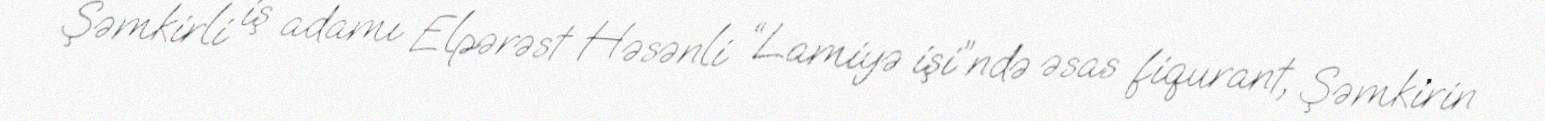
Şəmkirli iş adamı Elpərəst Həsənli “Lamiyə işi”ndə əsas fiqurant, Şəmkirin